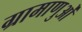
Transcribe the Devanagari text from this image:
ग्रामाणुओं